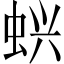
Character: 𬠇